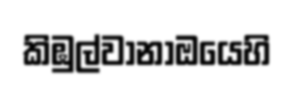
කිඹුල්වානාඔයෙහි